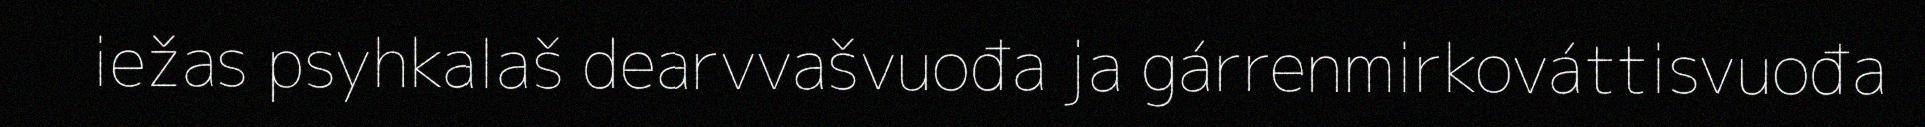
iežas psyhkalaš dearvvašvuođa ja gárrenmirkováttisvuođa